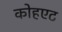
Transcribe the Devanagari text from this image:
कोहएट